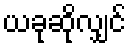
ယခုဆိုလျှင်